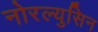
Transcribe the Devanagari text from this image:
नोरल्युसिन